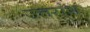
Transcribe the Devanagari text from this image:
उत्तरांश